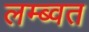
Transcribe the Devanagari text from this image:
लम्ब्वत